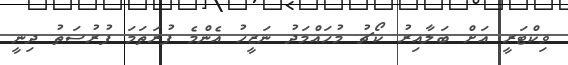
ވިކްޓަރީ އަށް ބަލާއިރު ކޯޗު މުހައްމަދު ނަޒީހު އެންމެ ފުރަތަމަ ފުރުސަތު ދިނީ